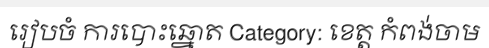
រៀបចំ ការបោះឆ្នោត Category: ខេត្ត កំពង់ចាម